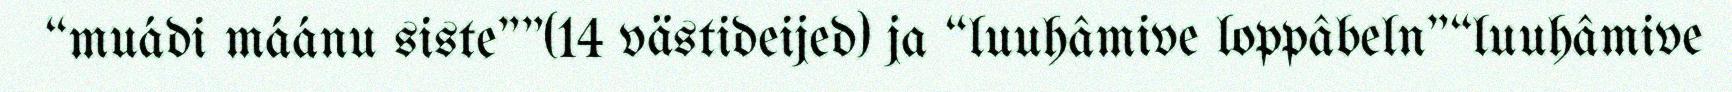
“muádi máánu siste""(14 västideijed) ja “luuhâmive loppâbeln"“luuhâmive